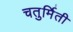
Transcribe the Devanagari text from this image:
चतुर्मिती